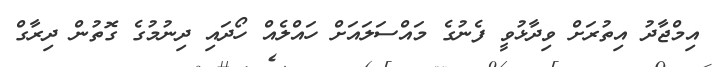
އިމްޖާދު އިތުރަށް ވިދާޅުވީ ފެނުގެ މައްސަލައަށް ހައްލެއް ހޯދައި ދިނުމުގެ ގޮތުން ދިރާގް